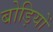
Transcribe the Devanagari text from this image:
बोड़ियों